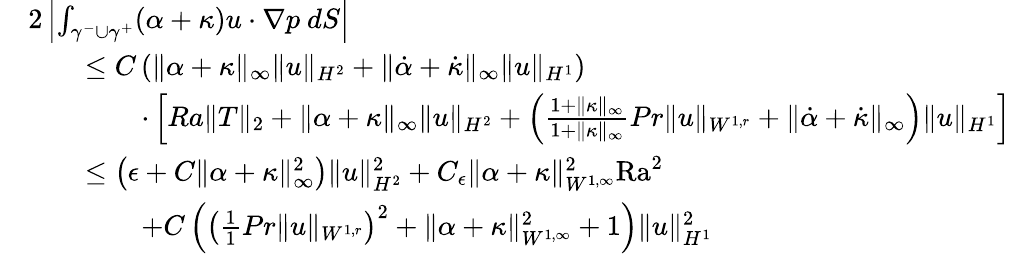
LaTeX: \begin{array}{rl}&{2\left|\int_{\gamma^{-}\cup\gamma^{+}}(\alpha+\kappa)u\cdot\nabla p\ dS\right|}\\ &{\qquad\leq C\left(\| \alpha+\kappa\| _{\infty}\| u\| _{H^{2}}+\| \dot{\alpha}+\dot{\kappa}\| _{\infty}\| u\| _{H^{1}}\right)}\\ &{\qquad\qquad\cdot\left[Ra\| T\| _{2}+\| \alpha+\kappa\| _{\infty}\| u\| _{H^{2}}+\left(\frac{1+\| \kappa\| _{\infty}}{1+\| \kappa\| _{\infty}}{{Pr}}\| u\| _{W^{1,r}}+\| \dot{\alpha}+\dot{\kappa}\| _{\infty}\right)\| u\| _{H^{1}}\right]}\\ &{\qquad\leq\left(\epsilon+C\| \alpha+\kappa\| _{\infty}^{2}\right)\| u\| _{H^{2}}^{2}+C_{\epsilon}\| \alpha+\kappa\| _{W^{1,\infty}}^{2}{\mathrm{Ra}}^{2}}\\ &{\qquad\qquad+C\left(\left(\frac{1}{1}{{Pr}}\| u\| _{W^{1,r}}\right)^{2}+\| \alpha+\kappa\| _{W^{1,\infty}}^{2}+1\right)\| u\| _{H^{1}}^{2}}\end{array}